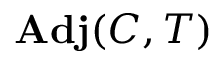
\mathbf { A d j } ( C , T )